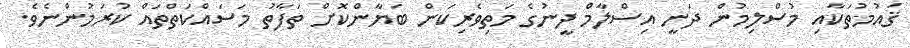
ޤައުމުތަކާއި މުސްލިމުން ދަނީ އިސްލާމް ދީނުގެ މަތިވެރިކަން ބަޔާންކޮށް ތަފާތު މަސައްކަތްތައް ކުރަމުންނެވެ.